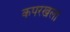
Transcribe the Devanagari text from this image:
कपरखला